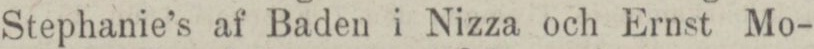
Stephanie’s af Baden i Nizza och Ernst Mo-